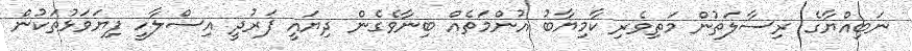
ނަބިއްޔާގެ ރިސާލަތުން މަތިވެރި ކާމިޔާބު އުންމަތެއް ބިނާވެގެން ދިޔައީ ފަރުދީ އިސްލާހީ ފިޔަވަޅުތަކުން